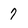
Character: 7